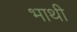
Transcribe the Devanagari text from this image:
भाथी